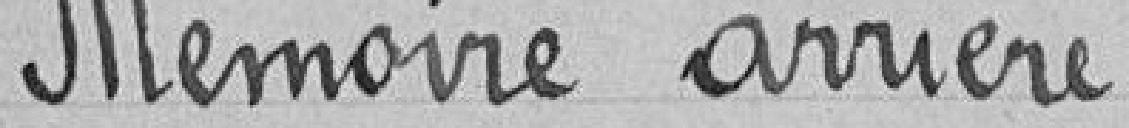
Mémoire arriéré